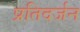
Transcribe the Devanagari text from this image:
प्रतिदर्जन